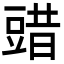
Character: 䜺